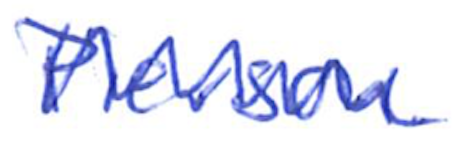
Text: Pierson.
Cross-out: mix
Writing tool: ballpoint